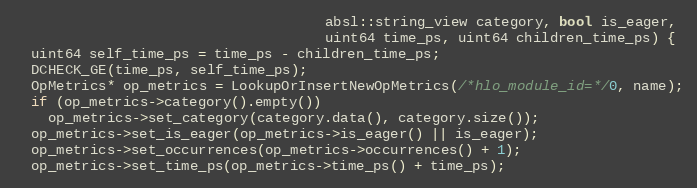
Language: C++
                                     absl::string_view category, bool is_eager,
                                     uint64 time_ps, uint64 children_time_ps) {
  uint64 self_time_ps = time_ps - children_time_ps;
  DCHECK_GE(time_ps, self_time_ps);
  OpMetrics* op_metrics = LookupOrInsertNewOpMetrics(/*hlo_module_id=*/0, name);
  if (op_metrics->category().empty())
    op_metrics->set_category(category.data(), category.size());
  op_metrics->set_is_eager(op_metrics->is_eager() || is_eager);
  op_metrics->set_occurrences(op_metrics->occurrences() + 1);
  op_metrics->set_time_ps(op_metrics->time_ps() + time_ps);